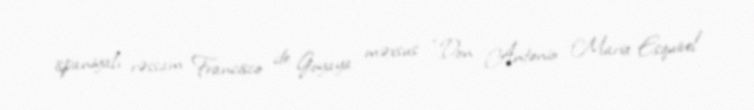
ispaniyalı rəssam Francisco de Goyaya məxsus “Don Antonio Maria Esquivel”